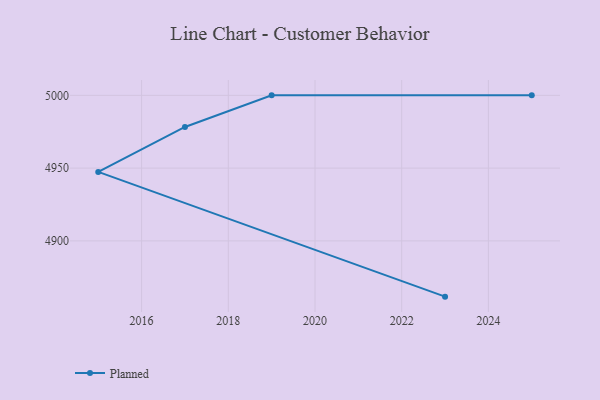
{"axis": {"x": "Year", "y": "Active Users"}, "legend": ["Planned"], "data": [{"x": "2023", "y": 4861.7, "type": "Planned"}, {"x": "2015", "y": 4947.4, "type": "Planned"}, {"x": "2017", "y": 4978.3, "type": "Planned"}, {"x": "2019", "y": 5000, "type": "Planned"}, {"x": "2025", "y": 5000, "type": "Planned"}]}